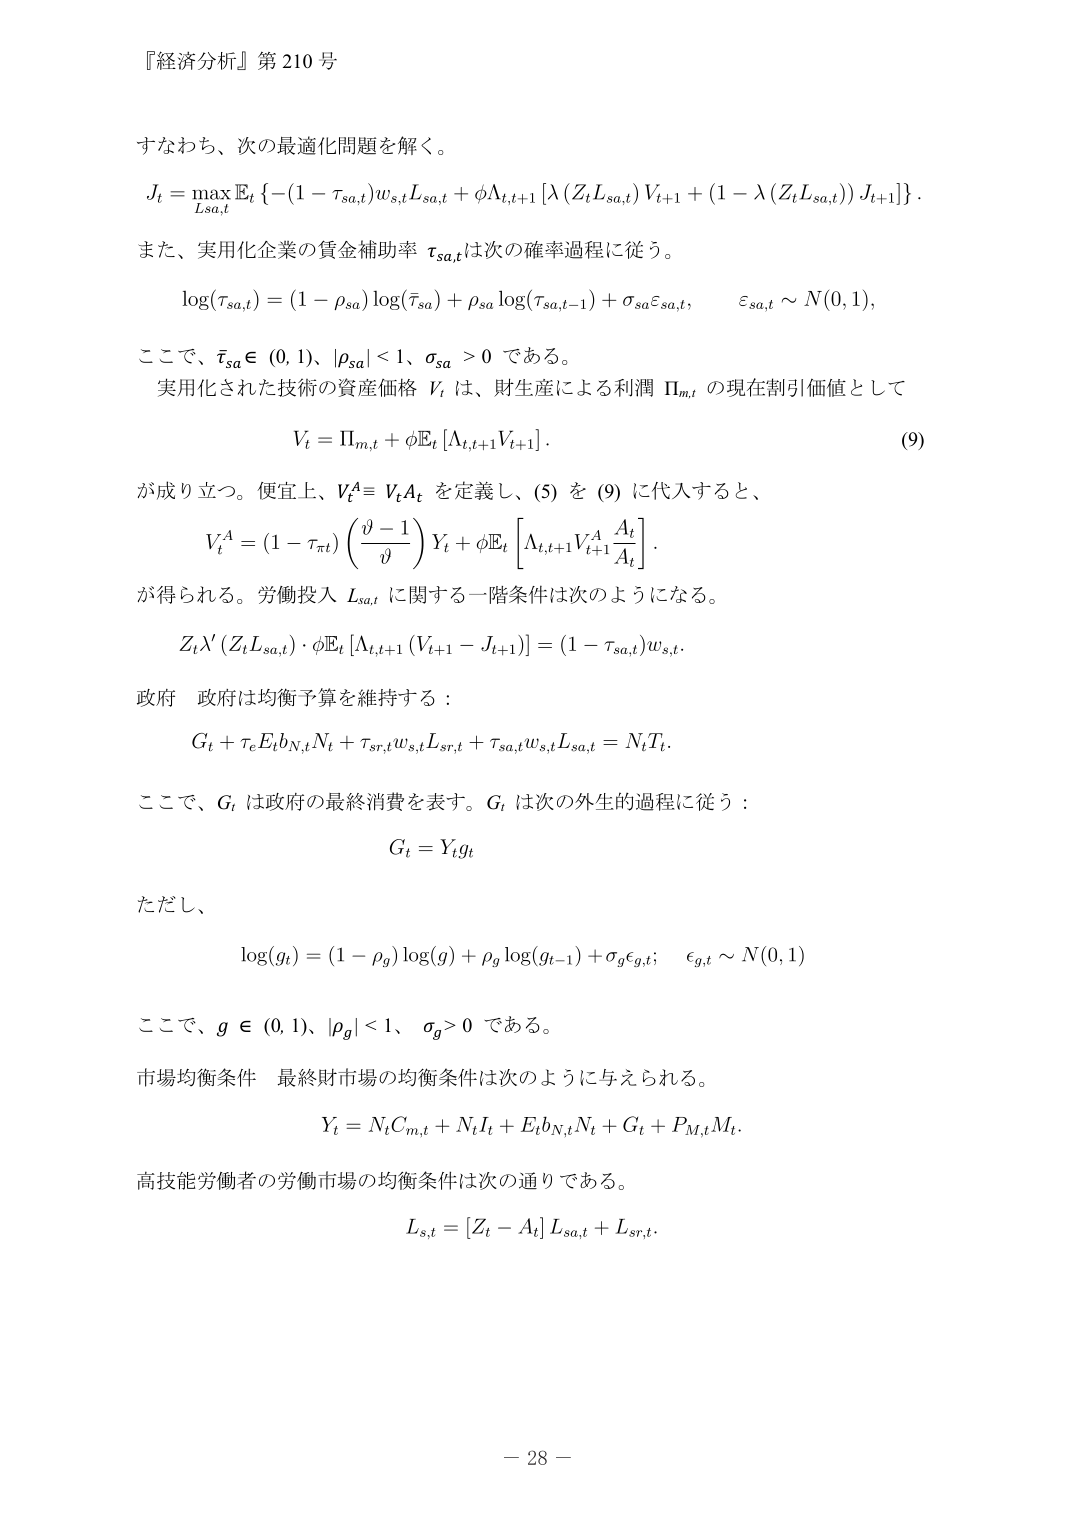
『経済分析』第210号

すなわち、次の最適化問題を解く。
\[ J_t = \max_{L_{sa,t}} \mathbb{E}_t \left\{ - (1 - \tau_{sa,t}) w_{s,t} L_{sa,t} + \phi \Lambda_{t,t+1} \left[ \lambda (Z_t L_{sa,t}) V_{t+1} + (1 - \lambda (Z_t L_{sa,t})) J_{t+1} \right] \right\}. \]

また、実用化企業の賃金補助率 \(\tau_{sa,t}\) は次の確率過程に従う。
\[ \log(\tau_{sa,t}) = (1 - \rho_{sa}) \log(\bar{\tau}_{sa}) + \rho_{sa} \log(\tau_{sa,t-1}) + \sigma_{sa} \varepsilon_{sa,t}, \quad \varepsilon_{sa,t} \sim N(0,1), \]

ここで、\(\bar{\tau}_{sa} \in (0,1)\), \(|\rho_{sa}| < 1\), \(\sigma_{sa} > 0\) である。

実用化された技術の資産価格 \(V_t\) は、財生産による利潤 \(\Pi_{m,t}\) の現在割引価値として
\[ V_t = \Pi_{m,t} + \phi \mathbb{E}_t \left[ \Lambda_{t,t+1} V_{t+1} \right]. \tag{9} \]

が成り立つ。便宜上、\(V_t^A \equiv V_t A_t\) を定義し、(5) を (9) に代入すると、
\[ V_t^A = (1 - \tau_{\pi t}) \left( \frac{\vartheta - 1}{\vartheta} \right) Y_t + \phi \mathbb{E}_t \left[ \Lambda_{t,t+1} V_{t+1}^A \frac{A_t}{A_t} \right]. \]

が得られる。労働投入 \(L_{sa,t}\) に関する一階条件は次のようになる。
\[ Z_t \lambda' (Z_t L_{sa,t}) \cdot \phi \mathbb{E}_t \left[ \Lambda_{t,t+1} (V_{t+1} - J_{t+1}) \right] = (1 - \tau_{sa,t}) w_{s,t}. \]

政府 政府は均衡予算を維持する：
\[ G_t + \tau_e E_t b_{N,t} N_t + \tau_{sr,t} w_{s,t} L_{sr,t} + \tau_{sa,t} w_{s,t} L_{sa,t} = N_t T_t. \]

ここで、\(G_t\) は政府の最終消費を表す。\(G_t\) は次の外生的過程に従う：
\[ G_t = Y_t g_t \]

ただし、
\[ \log(g_t) = (1 - \rho_g) \log(g) + \rho_g \log(g_{t-1}) + \sigma_g \varepsilon_{g,t}; \quad \varepsilon_{g,t} \sim N(0,1) \]

ここで、\(g \in (0,1)\), \(|\rho_g| < 1\), \(\sigma_g > 0\) である。

市場均衡条件 最終財市場の均衡条件は次のように与えられる。
\[ Y_t = N_t C_{m,t} + N_t I_t + E_t b_{N,t} N_t + G_t + P_{M,t} M_t. \]

高技能労働者の労働市場の均衡条件は次の通りである。
\[ L_{s,t} = [Z_t - A_t] L_{sa,t} + L_{sr,t}. \]

－ 28 －